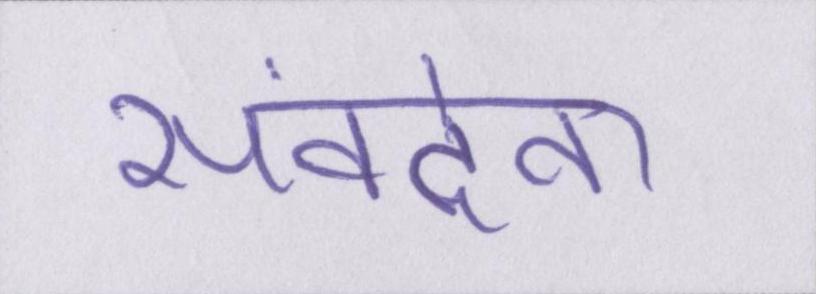
संवदेना